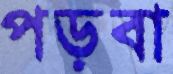
পড়বা